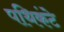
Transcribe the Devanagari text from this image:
पथिकंटे